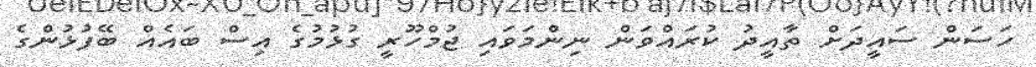
ހަސަން ސައީދަށް ތާއީދު ކުރައްވަން ނިންމަވައި ޖުމްހޫރީ ގުޅުމުގެ އިސް ބައެއް ބޭފުޅުންގެ